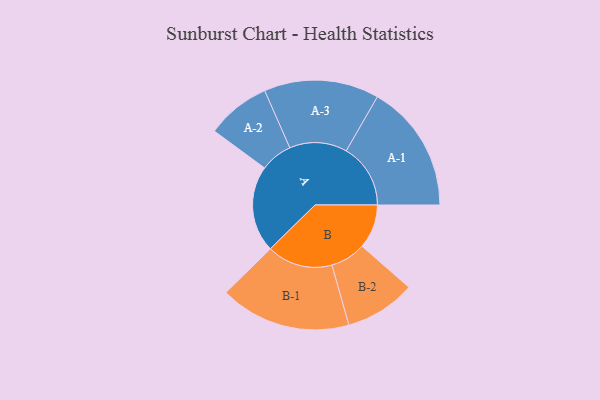
{"axis": {"x": "Segment", "y": "Value"}, "legend": ["", "A", "B"], "data": [{"x": "A", "y": 394, "type": ""}, {"x": "B", "y": 201, "type": ""}, {"x": "A-1", "y": 293, "type": "A"}, {"x": "A-2", "y": 146, "type": "A"}, {"x": "A-3", "y": 262, "type": "A"}, {"x": "B-1", "y": 299, "type": "B"}, {"x": "B-2", "y": 161, "type": "B"}]}